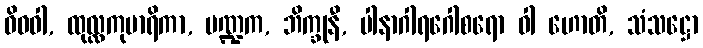
ဝိဓဝါ, ထုလ္လကုမာရိကာ, ပဏ္ဍက, ဘိက္ခုနီ, ပါနာဂါရဂေါစရော ဝါ ဟောတိ, သံသဋ္ဌော